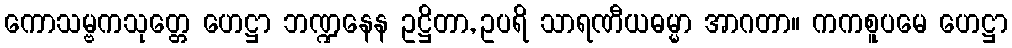
ကောသမ္ဗကသုတ္တေ ဟေဋ္ဌာ ဘဏ္ဍနေန ဥဋ္ဌိတာ, ဥပရိ သာရဏီယဓမ္မာ အာဂတာ။ ကကစူပမေ ဟေဋ္ဌာ